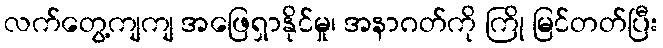
လက်တွေ့ကျကျ အဖြေရှာနိုင်မှု၊ အနာဂတ်ကို ကြို မြင်တတ်ပြီး